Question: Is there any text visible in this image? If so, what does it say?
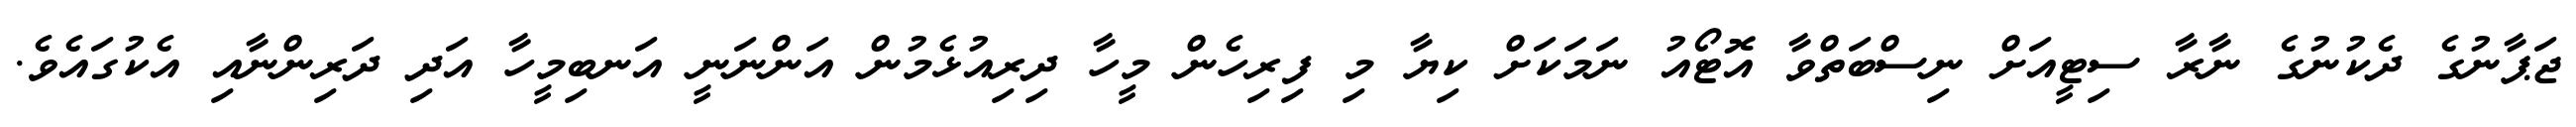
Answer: ޖަޕާނުގެ ދެކުނުގެ ނާރާ ސިޓީއަށް ނިސްބަތްވާ އޮޓޯއު ނަމަކަށް ކިޔާ މި ފިރިހެން މީހާ ދިރިއުޅެމުން އަންނަނީ އަނބިމީހާ އަދި ދަރިންނާއި އެކުގައެވެ.